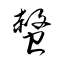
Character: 螫